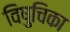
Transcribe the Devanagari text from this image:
विषुचिका